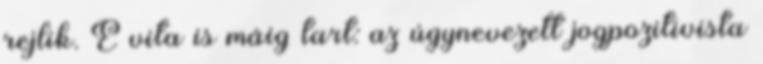
rejlik. E vita is máig tart: az úgynevezett jogpozitivista